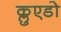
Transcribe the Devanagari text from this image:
क्लुएडो